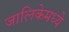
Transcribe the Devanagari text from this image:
जालिकेमध्ये